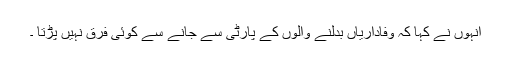
انہوں نے کہا کہ وفاداریاں بدلنے والوں کے پارٹی سے جانے سے کوئی فرق نہیں پڑتا ۔